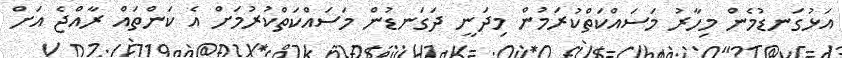
އަޅުގަނޑުމެން މިހާރު މަސައްކަތްކުރަމުން މިދަނީ ދަގަނޑުން މަސައްކަތްކުރުމަށް އެ ކަންތައް ރާއްޖެ އަށް